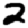
Digit: 2